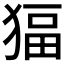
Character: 𱮊